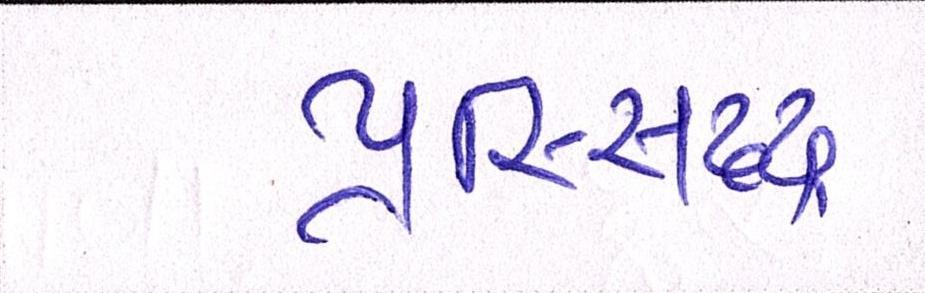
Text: પ્રસ્સિદ્ધ